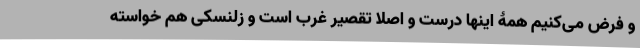
و فرض می‌کنیم همۀ اینها درست و اصلا تقصیر غرب است و زلنسکی هم خواسته